Madras plague regulations in force outside the Presidency town - Volume 5
Disease focus: Plague
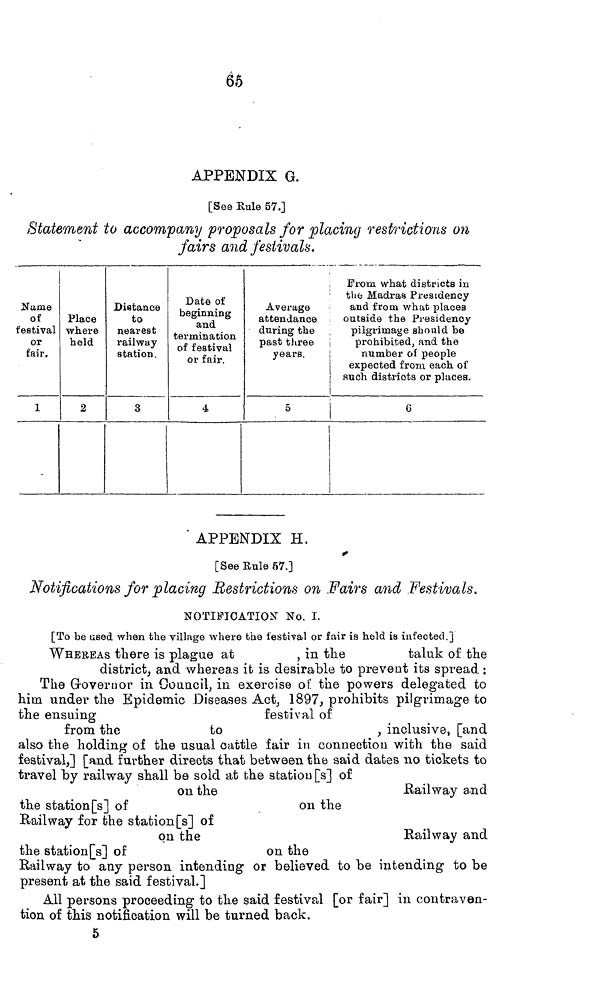
66
APPENDIX G.
[See Eule 57.]
Statement to accompany proposals for placing restrictions on
fairs and festivals.
Name
of
festival
or
fair.
1
Place
where
held
2
Distance
to
nearest
railway
station.
3
Date of
beginning
and
termination
of festival
or fair.
4
Average
attendance
during the
past three
years.
5
From
what districts in
the Madras Presidency
and from what places
outside the Presidency
pilgrimage should be
prohibited, and the
number oí people
expected from each of
such districts or places.
6
APPENDIX H.
[See Rule 57.]
Notifications for placing Restrictions on Fairs and Festivals.
NOTIFICATION No. I.
[To be used when the village where the festival or fair is held is infected.
WHEEEAS there is plague at
, in the
taluk of the
district, and whereas it is desirable to prevent its spread :
The Governor in Council, in exercise of the powers delegated to
him under the Epidemic Diseases Act, 1897, prohibits pilgrimage to
the ensuing
festival of
from the
to
, inclusive, [and
also the holding of the usual cattle fair in connection with the said
festival,] [and further directs that between the said dates no tickets to
travel by railway shall be sold at the station [s] of
on the
Railway and
the station [s] of
on the
Railway for the station [s] of
on the
Railway and
the station[s] of
on the
Railway to any person intending or believed to be intending to be
present at the said festival.]
All persons proceeding to the said festival [or fair] in contraven-
tion of this notification will be turned back.
5